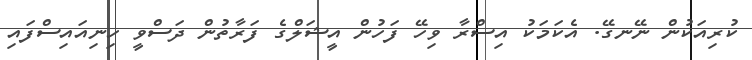
ކުރިއަކުން ނޭނގޭ. އެކަމަކު އިސްރާ ވިހޭ ފަހުން އީޝަލްގެ ފަރާތުން ދަސްވީ ހިނިއައިސްފައި